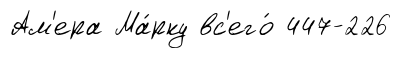
Ам'ера Ма́рку вс'его́ 447-226